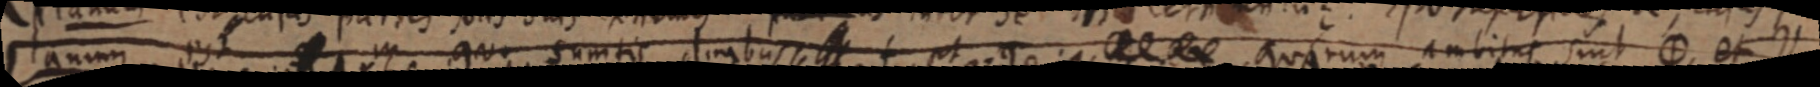
planum est in quo sumtis timbus _ f est _ quarum ambitus sint φ et Y